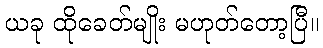
ယခု ထိုခေတ်မျိုး မဟုတ်တော့ပြီ။